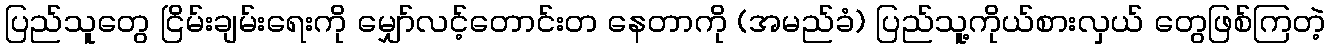
ပြည်သူတွေ ငြိမ်းချမ်းရေးကို မျှော်လင့်တောင်းတ နေတာကို (အမည်ခံ) ပြည်သူ့ကိုယ်စားလှယ် တွေဖြစ်ကြတဲ့